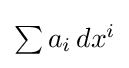
{\textstyle \sum a_{i}\,dx^{i}}